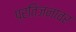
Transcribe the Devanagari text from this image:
प्रतिजनावर